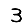
Digit: 3